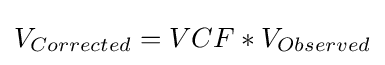
V_{Corrected}=VCF*V_{Observed}